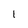
Character: 1